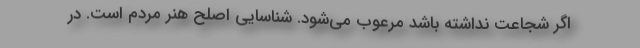
اگر شجاعت نداشته باشد مرعوب می‌شود. شناسایی اصلح هنر مردم است. در